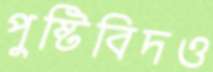
পুষ্টিবিদও